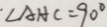
\angle A H C = 9 0 ^ { \circ }